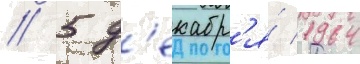
// 5 д'екабр'я́ 1964